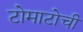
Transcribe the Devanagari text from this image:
टोमाटोची